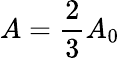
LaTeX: A=\frac{2}{3}A_{0}